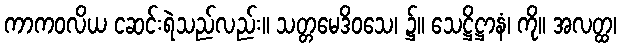
ကာကဝလိယ ငဆင်းရဲသည်လည်း။ သတ္တမေဒိဝသေ၊ ၌။ သေဋ္ဌိဋ္ဌာနံ၊ ကို။ အလတ္ထ၊